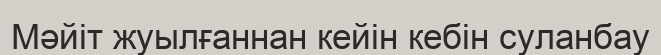
Мәйіт жуылғаннан кейін кебін суланбау